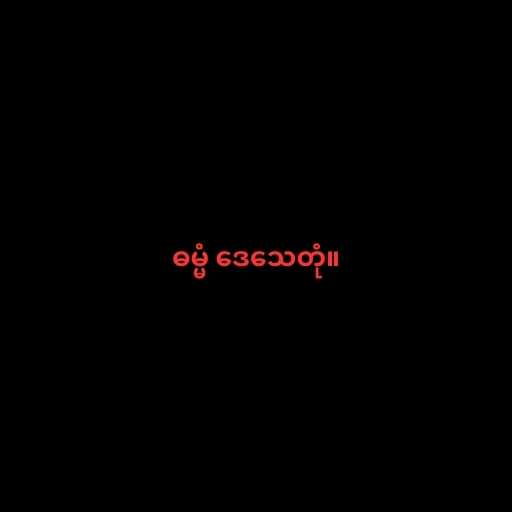
ဓမ္မံ ဒေသေတုံ။